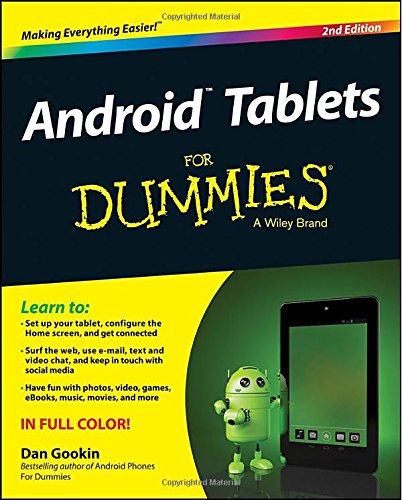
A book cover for Android Tablets For Dummies; Sandra Geisler; Computers & Technology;